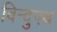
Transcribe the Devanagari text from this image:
विन्दुपथ